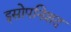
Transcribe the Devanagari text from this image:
इसोपनिशद